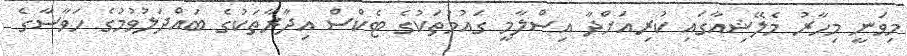
މިވަނީ މިހާރު މެލޭޝިއާގައި ކުރިއަށްދާ އިސްލާމީ ގައުމުތަކުގެ ޓެކްސް އިދާރާތަކުގެ ބައްދަލުވުމުގެ ހަވާސާގެ